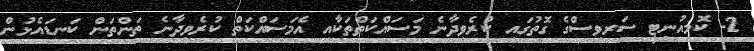
2- ކޮމިއުނިޓީ ސަރވިސްގެ ގޮތުގައި ކުރެވިދާނެ މަސައްކަތްތަކާއި އެމަސައްކަތް ކުރެވިދާނެ ތަންތަން ކަނޑައެޅުން